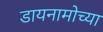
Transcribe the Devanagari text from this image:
डायनामोच्या